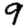
Digit: 9